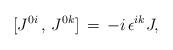
LaTeX: \begin{align*}[J^{0i}\,,\,J^{0k}]\,=\,-i\,\epsilon^{ik} J,\end{align*}